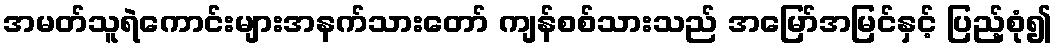
အမတ်သူရဲကောင်းများအနက်သားတော် ကျန်စစ်သားသည် အမြော်အမြင်နှင့် ပြည့်စုံ၍